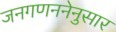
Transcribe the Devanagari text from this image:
जनगणननेनुसार